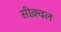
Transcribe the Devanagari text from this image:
सीक़्वल